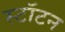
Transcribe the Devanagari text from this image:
स्टॉटन